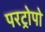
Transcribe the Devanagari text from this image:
परट्रोपो